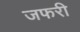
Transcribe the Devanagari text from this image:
जफरी